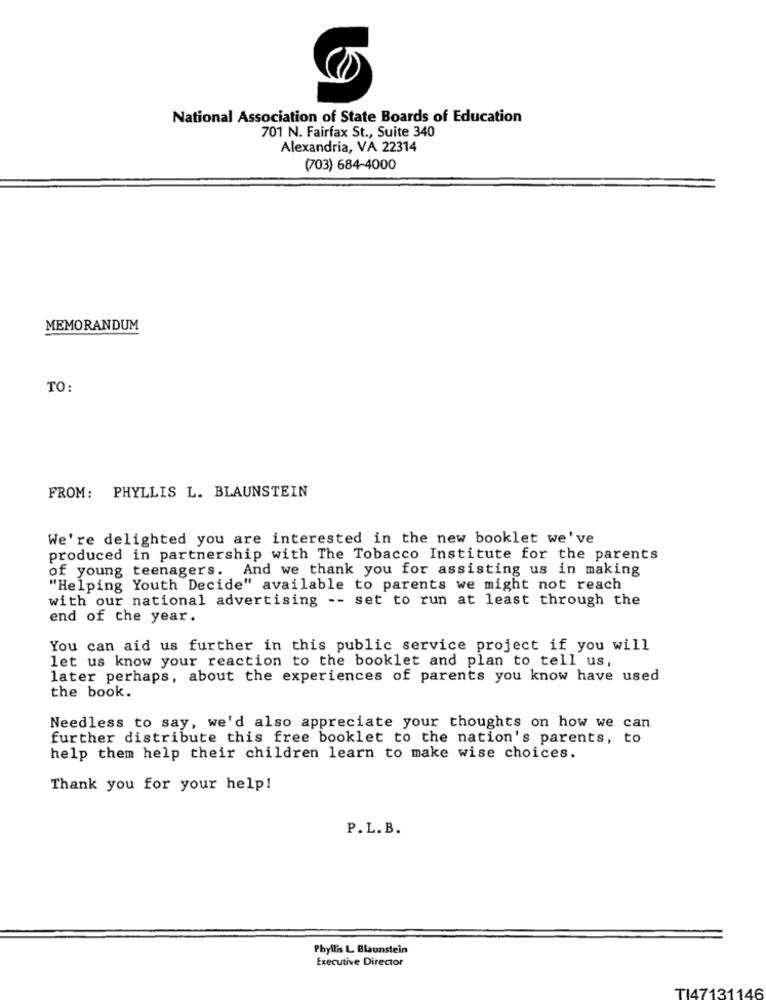
National Association of State Boards of Education
701 N. Fairfax St ., Suite 340
Alexandria, VA 22314
(703) 684-4000
MEMORANDUM
TO:
FROM: PHYLLIS L. BLAUNSTEIN
We're delighted you are interested in the new booklet we've
produced in partnership with The Tobacco Institute for the parents
of young teenagers. And we thank you for assisting us in making
"Helping Youth Decide" available to parents we might not reach
with our national advertising -- set to run at least through the
end of the year.
You can aid us further in this public service project if you will
let us know your reaction to the booklet and plan to tell us,
later perhaps, about the experiences of parents you know have used
the book.
Needless to say, we'd also appreciate your thoughts on how we can
further distribute this free booklet to the nation's parents, to
help them help their children learn to make wise choices.
Thank you for your help!
P.L. B.
Phyllis L Blaunstein
Executive Director
TI47131146